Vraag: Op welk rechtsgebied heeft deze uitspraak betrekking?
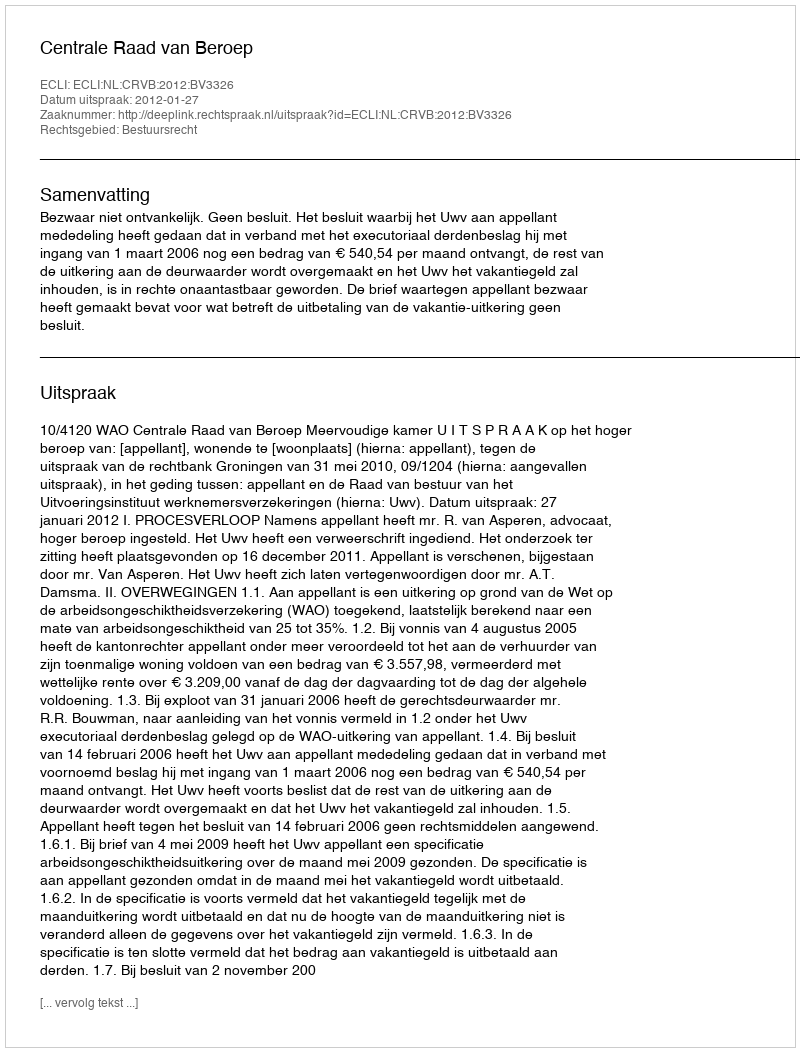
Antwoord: Bestuursrecht